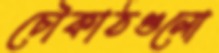
চৌকাঠগুলো